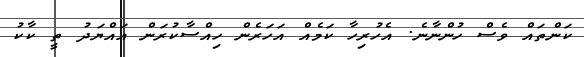
ކަންތައް ވެސް ހުންނާނެ. އެހުރިހާ ކަމެއް އަހަރެން ހިއްސާކުރަން އައްޔަދު ތީ ކާކު